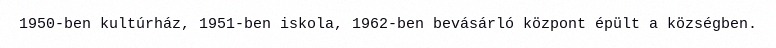
1950-ben kultúrház, 1951-ben iskola, 1962-ben bevásárló központ épült a községben.